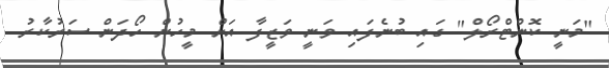
"މަނީ ކޮންޓްރޯލް" ގައި ބުނެފައި ވަނީ ވަޒީފާ އަށް މީހުން ހޯދަން ސަރުކާރު